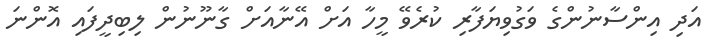
އަދި އިންސާނުންގެ ވަގުވިޔަފާރި ކުރެވޭ މީހާ އަށް އޭނާއަށް ގާނޫނުން ލިބިދީފައި އޮންނަ